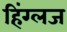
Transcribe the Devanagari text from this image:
हिंग्लज